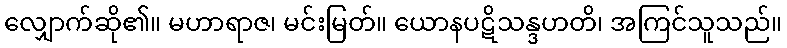
လျှောက်ဆို၏။ မဟာရာဇ၊ မင်းမြတ်။ ယောနပဋိသန္ဒဟတိ၊ အကြင်သူသည်။